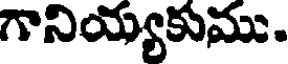
గానియ్యకుము.